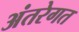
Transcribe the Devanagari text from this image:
अंतरेगत